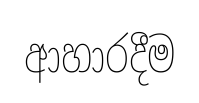
ආහාරදීම